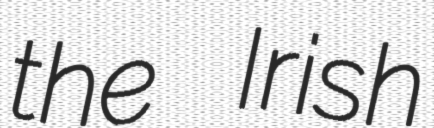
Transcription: the Irish